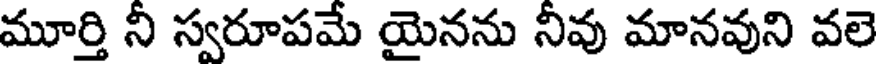
మూర్తి నీ స్వరూపమే యైనను నీవు మానవుని వలె